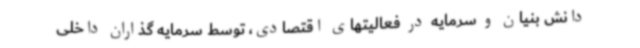
دانش بنیان و سرمایه در فعالیتهای اقتصادی، توسط سرمایه گذاران داخلی